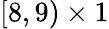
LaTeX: [8,9)\times 1